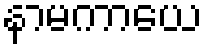
နာမကာယေ